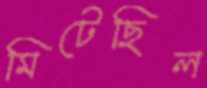
মিটেছিল